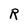
Character: R